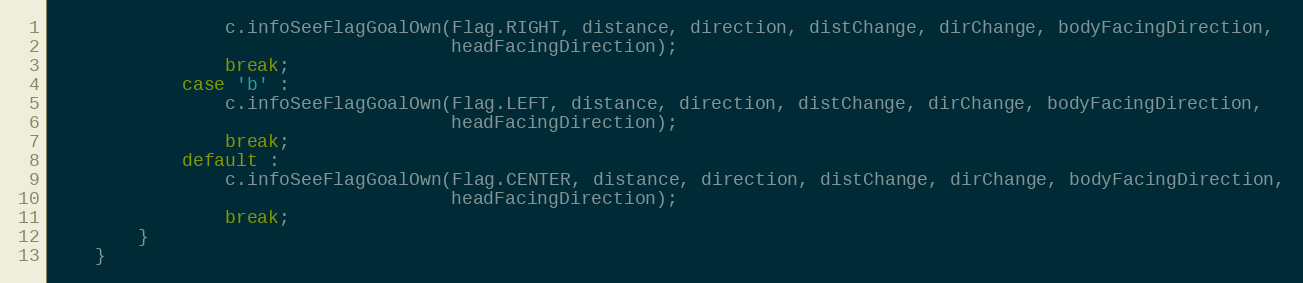
Language: Java
                c.infoSeeFlagGoalOwn(Flag.RIGHT, distance, direction, distChange, dirChange, bodyFacingDirection,
                                     headFacingDirection);
                break;
            case 'b' :
                c.infoSeeFlagGoalOwn(Flag.LEFT, distance, direction, distChange, dirChange, bodyFacingDirection,
                                     headFacingDirection);
                break;
            default :
                c.infoSeeFlagGoalOwn(Flag.CENTER, distance, direction, distChange, dirChange, bodyFacingDirection,
                                     headFacingDirection);
                break;
        }
    }